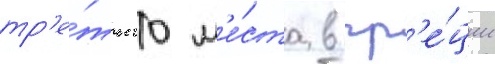
тр'е́тьего м'е́ста в гр'е́ции